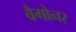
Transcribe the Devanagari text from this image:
वैगोनर